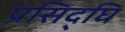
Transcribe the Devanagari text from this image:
प्रसिद्घि